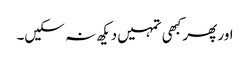
اور پھر کبھی تمہیں دیکھ نہ سکیں۔